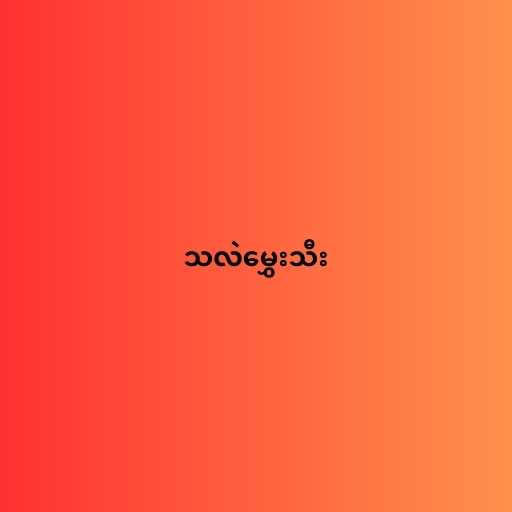
သလဲမွှေးသီး